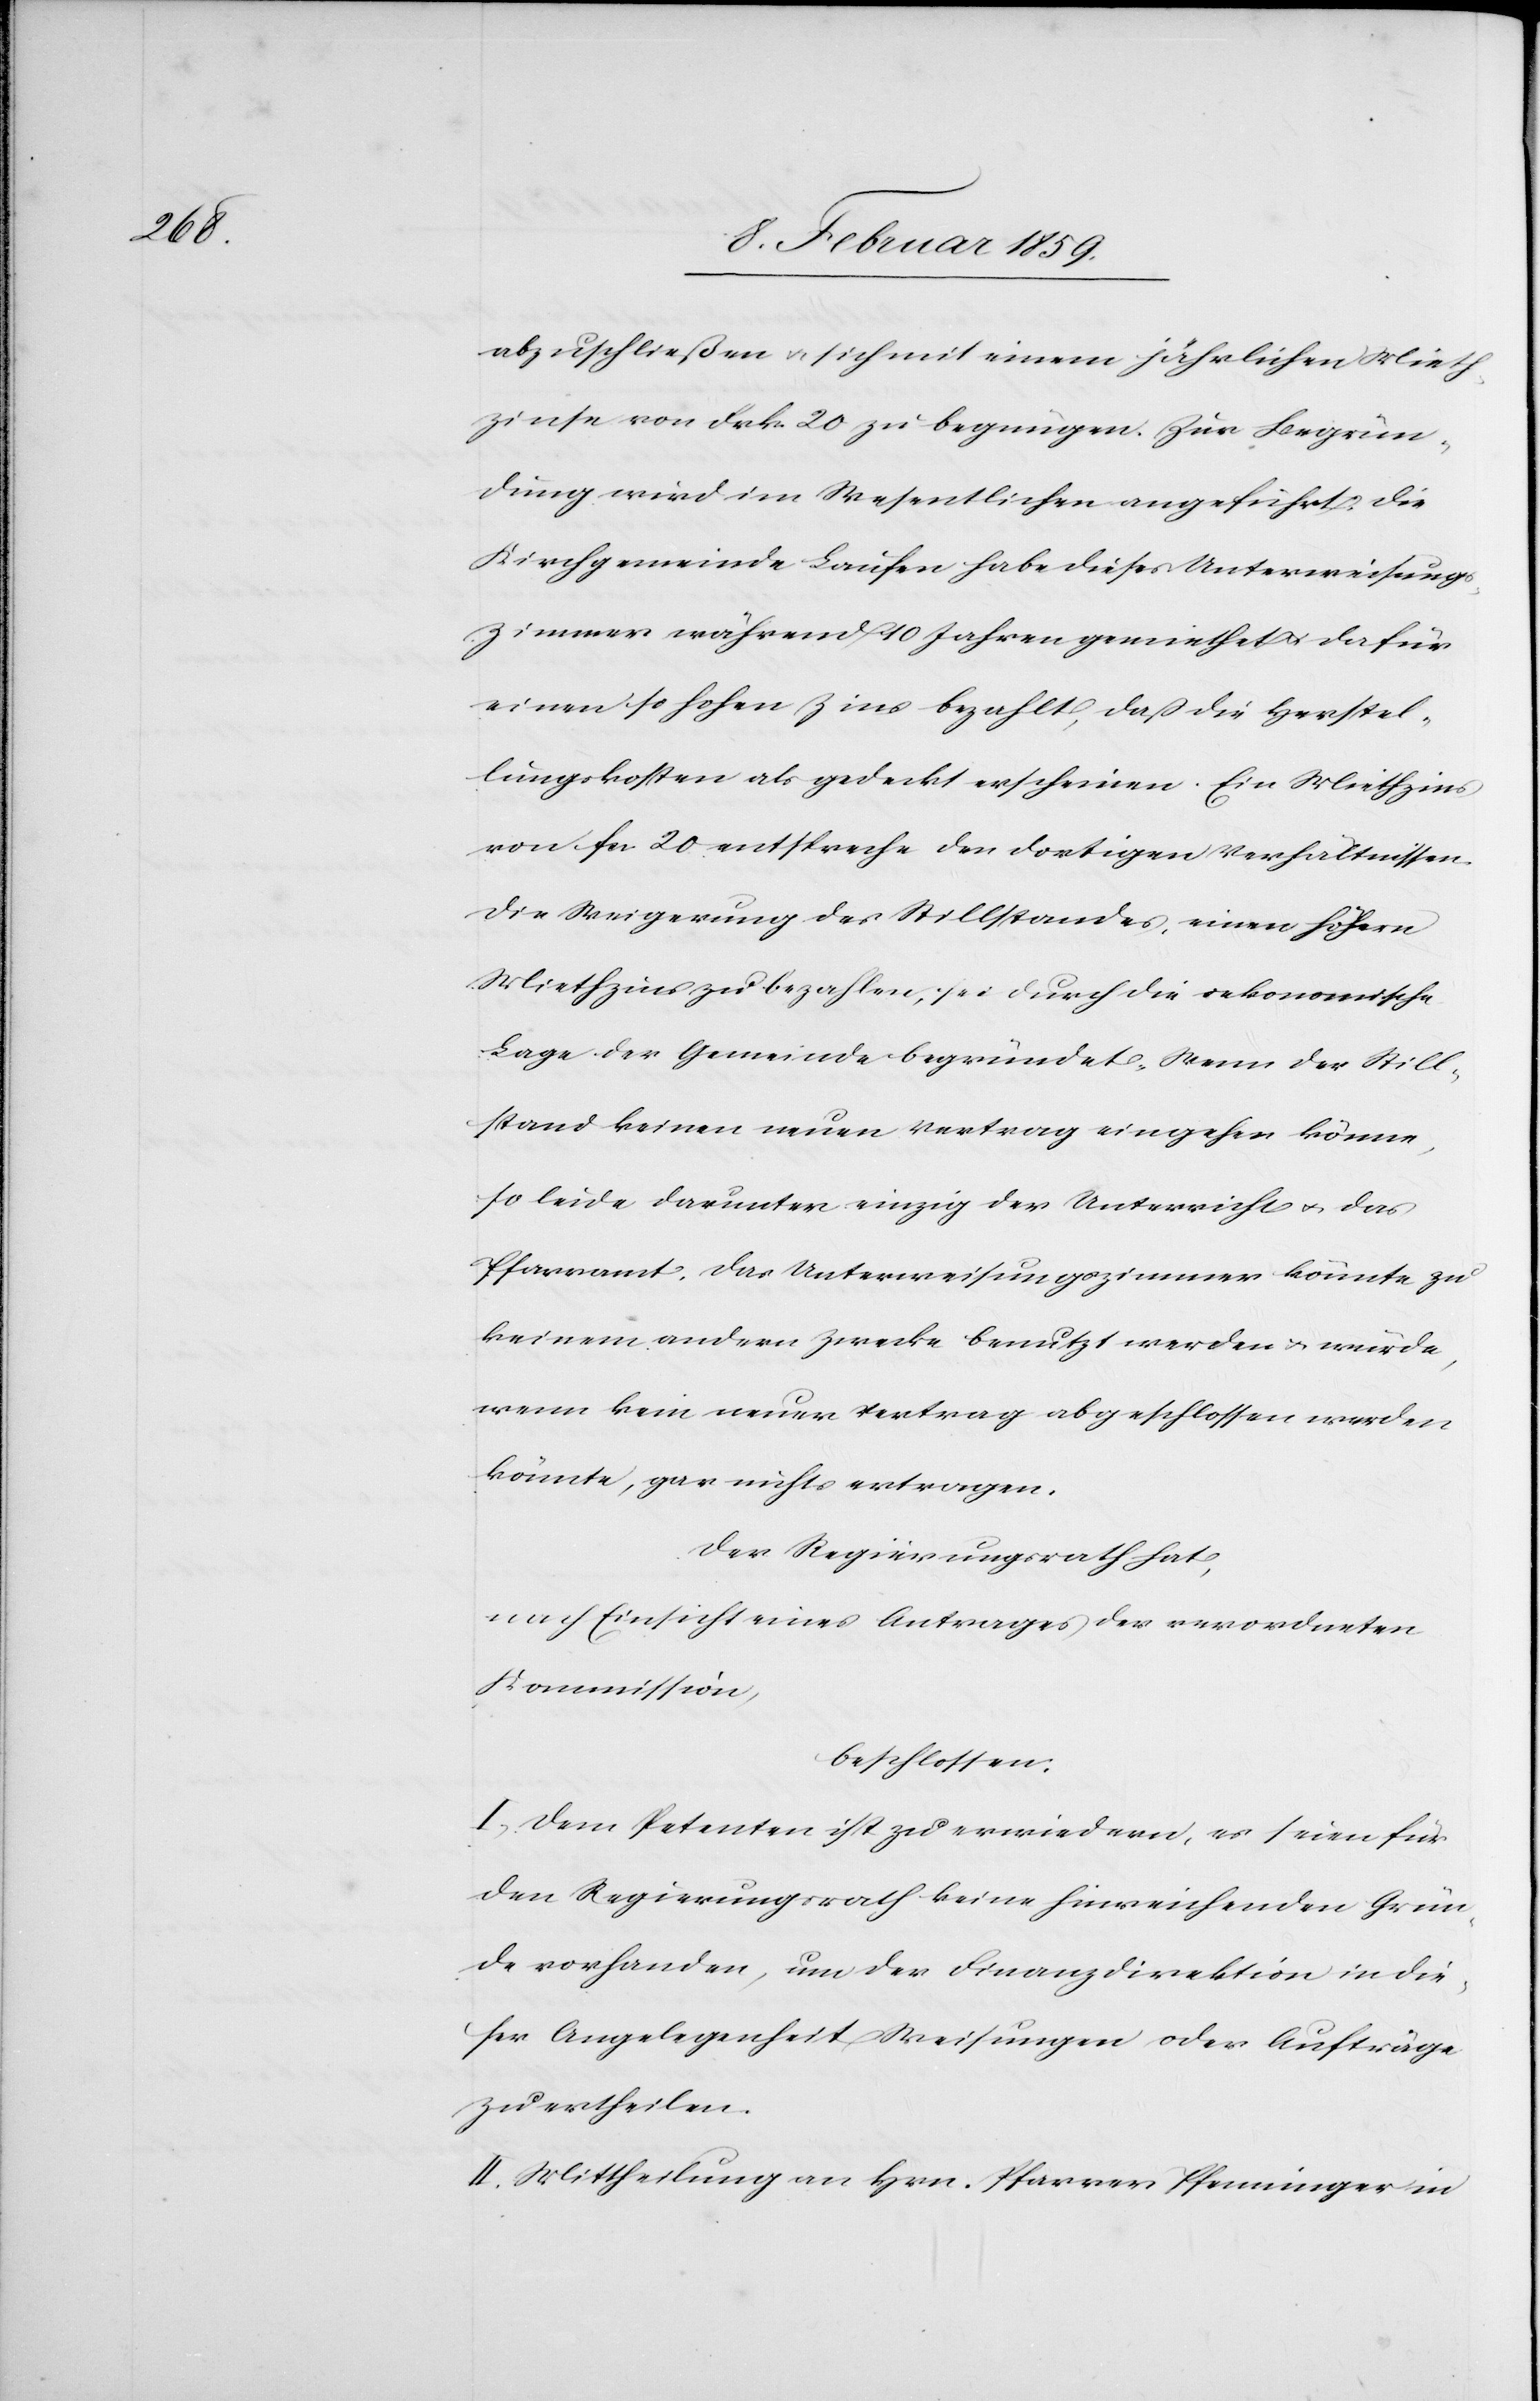
abzuschließen u. sich mit einem jährlichen Mieth¬
zinse von Frk. 20 zu begnügen. Zur Begrün¬
dung wird im Wesentlichen angeführt: die
Kirchgemeinde Laufen habe dieses Unterweisungs¬
zimmer während 10 Jahren gemiethet u. dafür
einen so hohen Zins bezahlt, daß die Herstel¬
lungskosten als gedeckt erscheinen. Ein Miethzins
von fcs. 20 entspreche den dortigen Verhältnissen.
Die Weigerung des Stillstandes, einen höhern
Miethzins zu bezahlen, sei durch die oekonomische
Lage der Gemeinde begründet. Wenn der Still¬
stand keinen neuen Vertrag eingehen könne,
so leide darunter einzig der Unterricht u. das
Pfarramt, das Unterweisungszimmer könnte zu
keinem andern Zwecke benutzt werden u. würde,
wenn kein neuer Vertrag abgeschlossen werden
könnte, gar nichts ertragen.
Der Regierungsrath hat,
nach Einsicht eines Antrages der verordneten
Kommission,
beschlossen:
I. Dem Petenten ist zu erwiedern, es seien für
den Regierungsrath keine hinreichenden Grün¬
de vorhanden, um der Finanzdirektion in die¬
ser Angelegenheit Weisungen oder Aufträge
zu ertheilen.
II. Mittheilung an Hrn. Pfarrer Pfenninger in